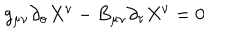
g _ { \mu \nu } \partial _ { \sigma } X ^ { \nu } - B _ { \mu \nu } \partial _ { \tau } X ^ { \nu } = 0